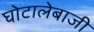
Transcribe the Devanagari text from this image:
घोटालेबाजी